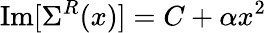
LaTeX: \operatorname{Im}[\Sigma^{R}(x)]=C+\alpha x^{2}